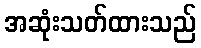
အဆုံးသတ်ထားသည်